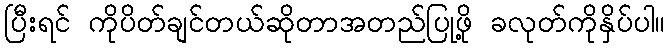
ပြီးရင် ကိုပိတ်ချင်တယ်ဆိုတာအတည်ပြုဖို့ ခလုတ်ကိုနှိပ်ပါ။